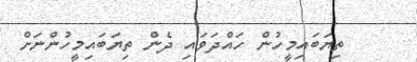
ތިޔަބައިމީހުން ހައްދަވައި ދެން ތިޔަބައިމީހުންނަށް